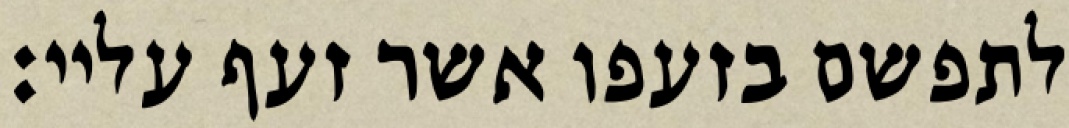
לתפשם בזעפו אשר זעף עליי: